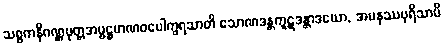
သစ္စကနိဂဏ္ဌပုတ္တအမ္ဗဋ္ဌမာဏဝပေါက္ခရသာတိ သောဏဒန္တကူဋဒန္တာဒယော, အမနုဿပုရိသာပိ